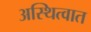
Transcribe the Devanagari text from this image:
अस्थित्वात